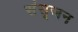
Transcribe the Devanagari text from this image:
संसृजन